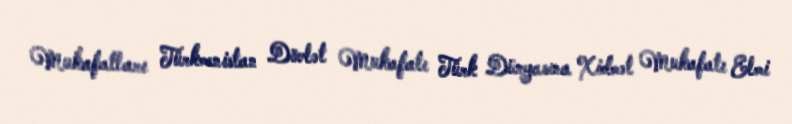
Mukafatları Türkmenistan Dövlət Mukafatı Türk Dünyasına Xidmət Mukafatı Elmi